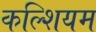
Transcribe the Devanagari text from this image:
कल्शियम